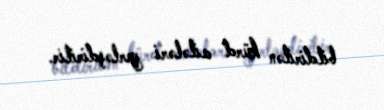
bildirilən kürd ailələri yerləşdirilir.